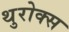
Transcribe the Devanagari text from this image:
थुरोक्स